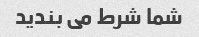
شما شرط می بندید